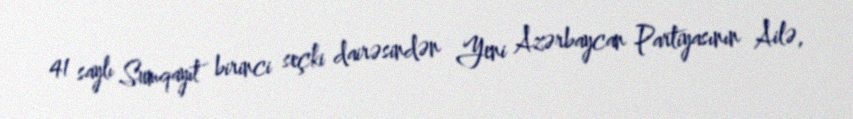
41 saylı Sumqayıt birinci seçki dairəsindən Yeni Azərbaycan Partiyasının Ailə,